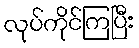
လုပ်ကိုင်ကြပြီး